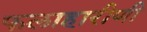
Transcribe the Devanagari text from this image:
फलाहारीणी